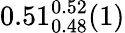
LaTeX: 0.51_{0.48}^{0.52}(1)